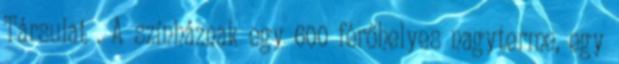
Társulat . A színháznak egy 600 férőhelyes nagyterme, egy